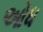
ઓધ